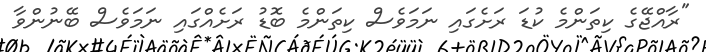
"ރާއްޖޭގެ ކިތަންމެ ކުޑަ ރަށެގައި ނަމަވެސް ކިތަންމެ ބޮޑު ރަށެއްގައި ނަމަވެސް ބޭނުންވާ